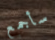
سأجمع